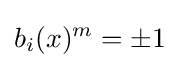
b_{i}(x)^{m}=\pm 1